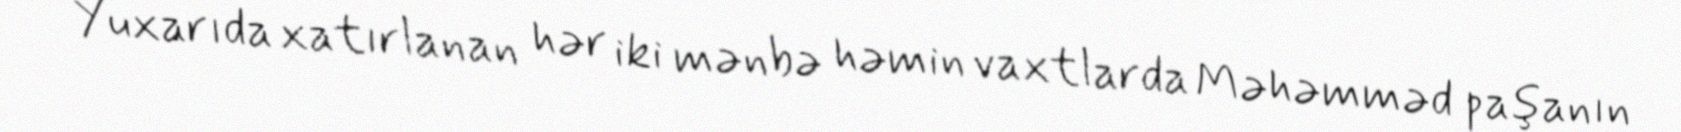
Yuxarıda xatırlanan hər iki mənbə həmin vaxtlarda Məhəmməd paşanın